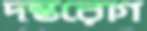
দন্তরোগ